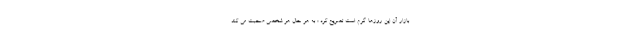
بازار آن این روزها گرم است تصریح کرد : به هر حال هر شخصی صحبت می کند